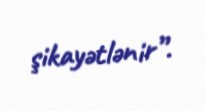
şikayətlənir”.